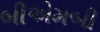
બીએમબી